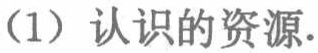
（1）认识的资源.